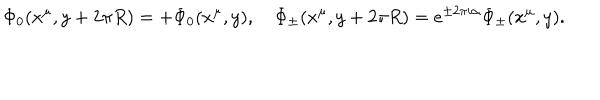
\Phi _ { 0 } ( x ^ { \mu } , y + 2 \pi R ) = + \Phi _ { 0 } ( x ^ { \mu } , y ) , \quad \Phi _ { \pm } ( x ^ { \mu } , y + 2 \pi R ) = e ^ { \pm 2 \pi i \alpha } \Phi _ { \pm } ( x ^ { \mu } , y ) .